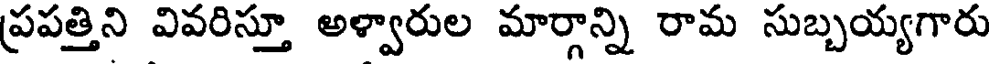
ప్రపత్తిని వివరిస్తూ అళ్వారుల మార్గాన్ని రామ సుబ్బయ్యగారు